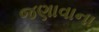
જણાવાના